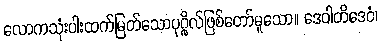
လောကသုံးပါးထက်မြတ်သောပုဂ္ဂိုလ်ဖြစ်တော်မူသော။ ဒေဝါတိဒေဝံ၊